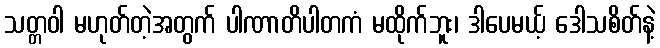
သတ္တဝါ မဟုတ်တဲ့အတွက် ပါဏာတိပါတကံ မထိုက်ဘူး၊ ဒါပေမယ့် ဒေါသစိတ်နဲ့